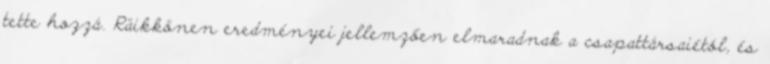
tette hozzá. Räikkönen eredményei jellemzően elmaradnak a csapattársaiétól, és